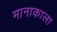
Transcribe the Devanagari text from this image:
मानाकाला